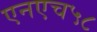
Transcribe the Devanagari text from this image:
एनएच५८